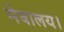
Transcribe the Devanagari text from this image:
मेघालय।